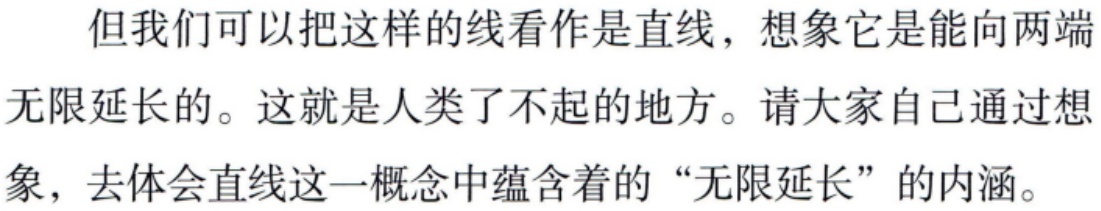
但我们可以把这样的线看作是直线，想象它是能向两端

无限延长的。这就是人类了不起的地方。请大家自己通过想

象，去体会直线这一概念中蕴含着的 “无限延长” 的内涵。